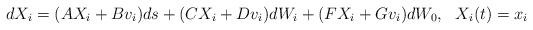
LaTeX: \begin{align*} dX_i = (AX_i + Bv_i)ds+ (CX_i + Dv_i)dW_i+ (FX_i + Gv_i)dW_0, \ \ X_i(t) = x_i\end{align*}